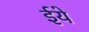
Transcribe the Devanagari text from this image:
ईये